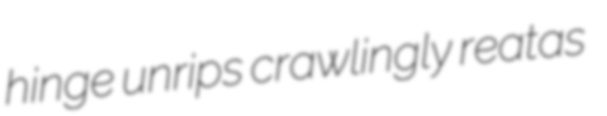
hinge unrips crawlingly reatas